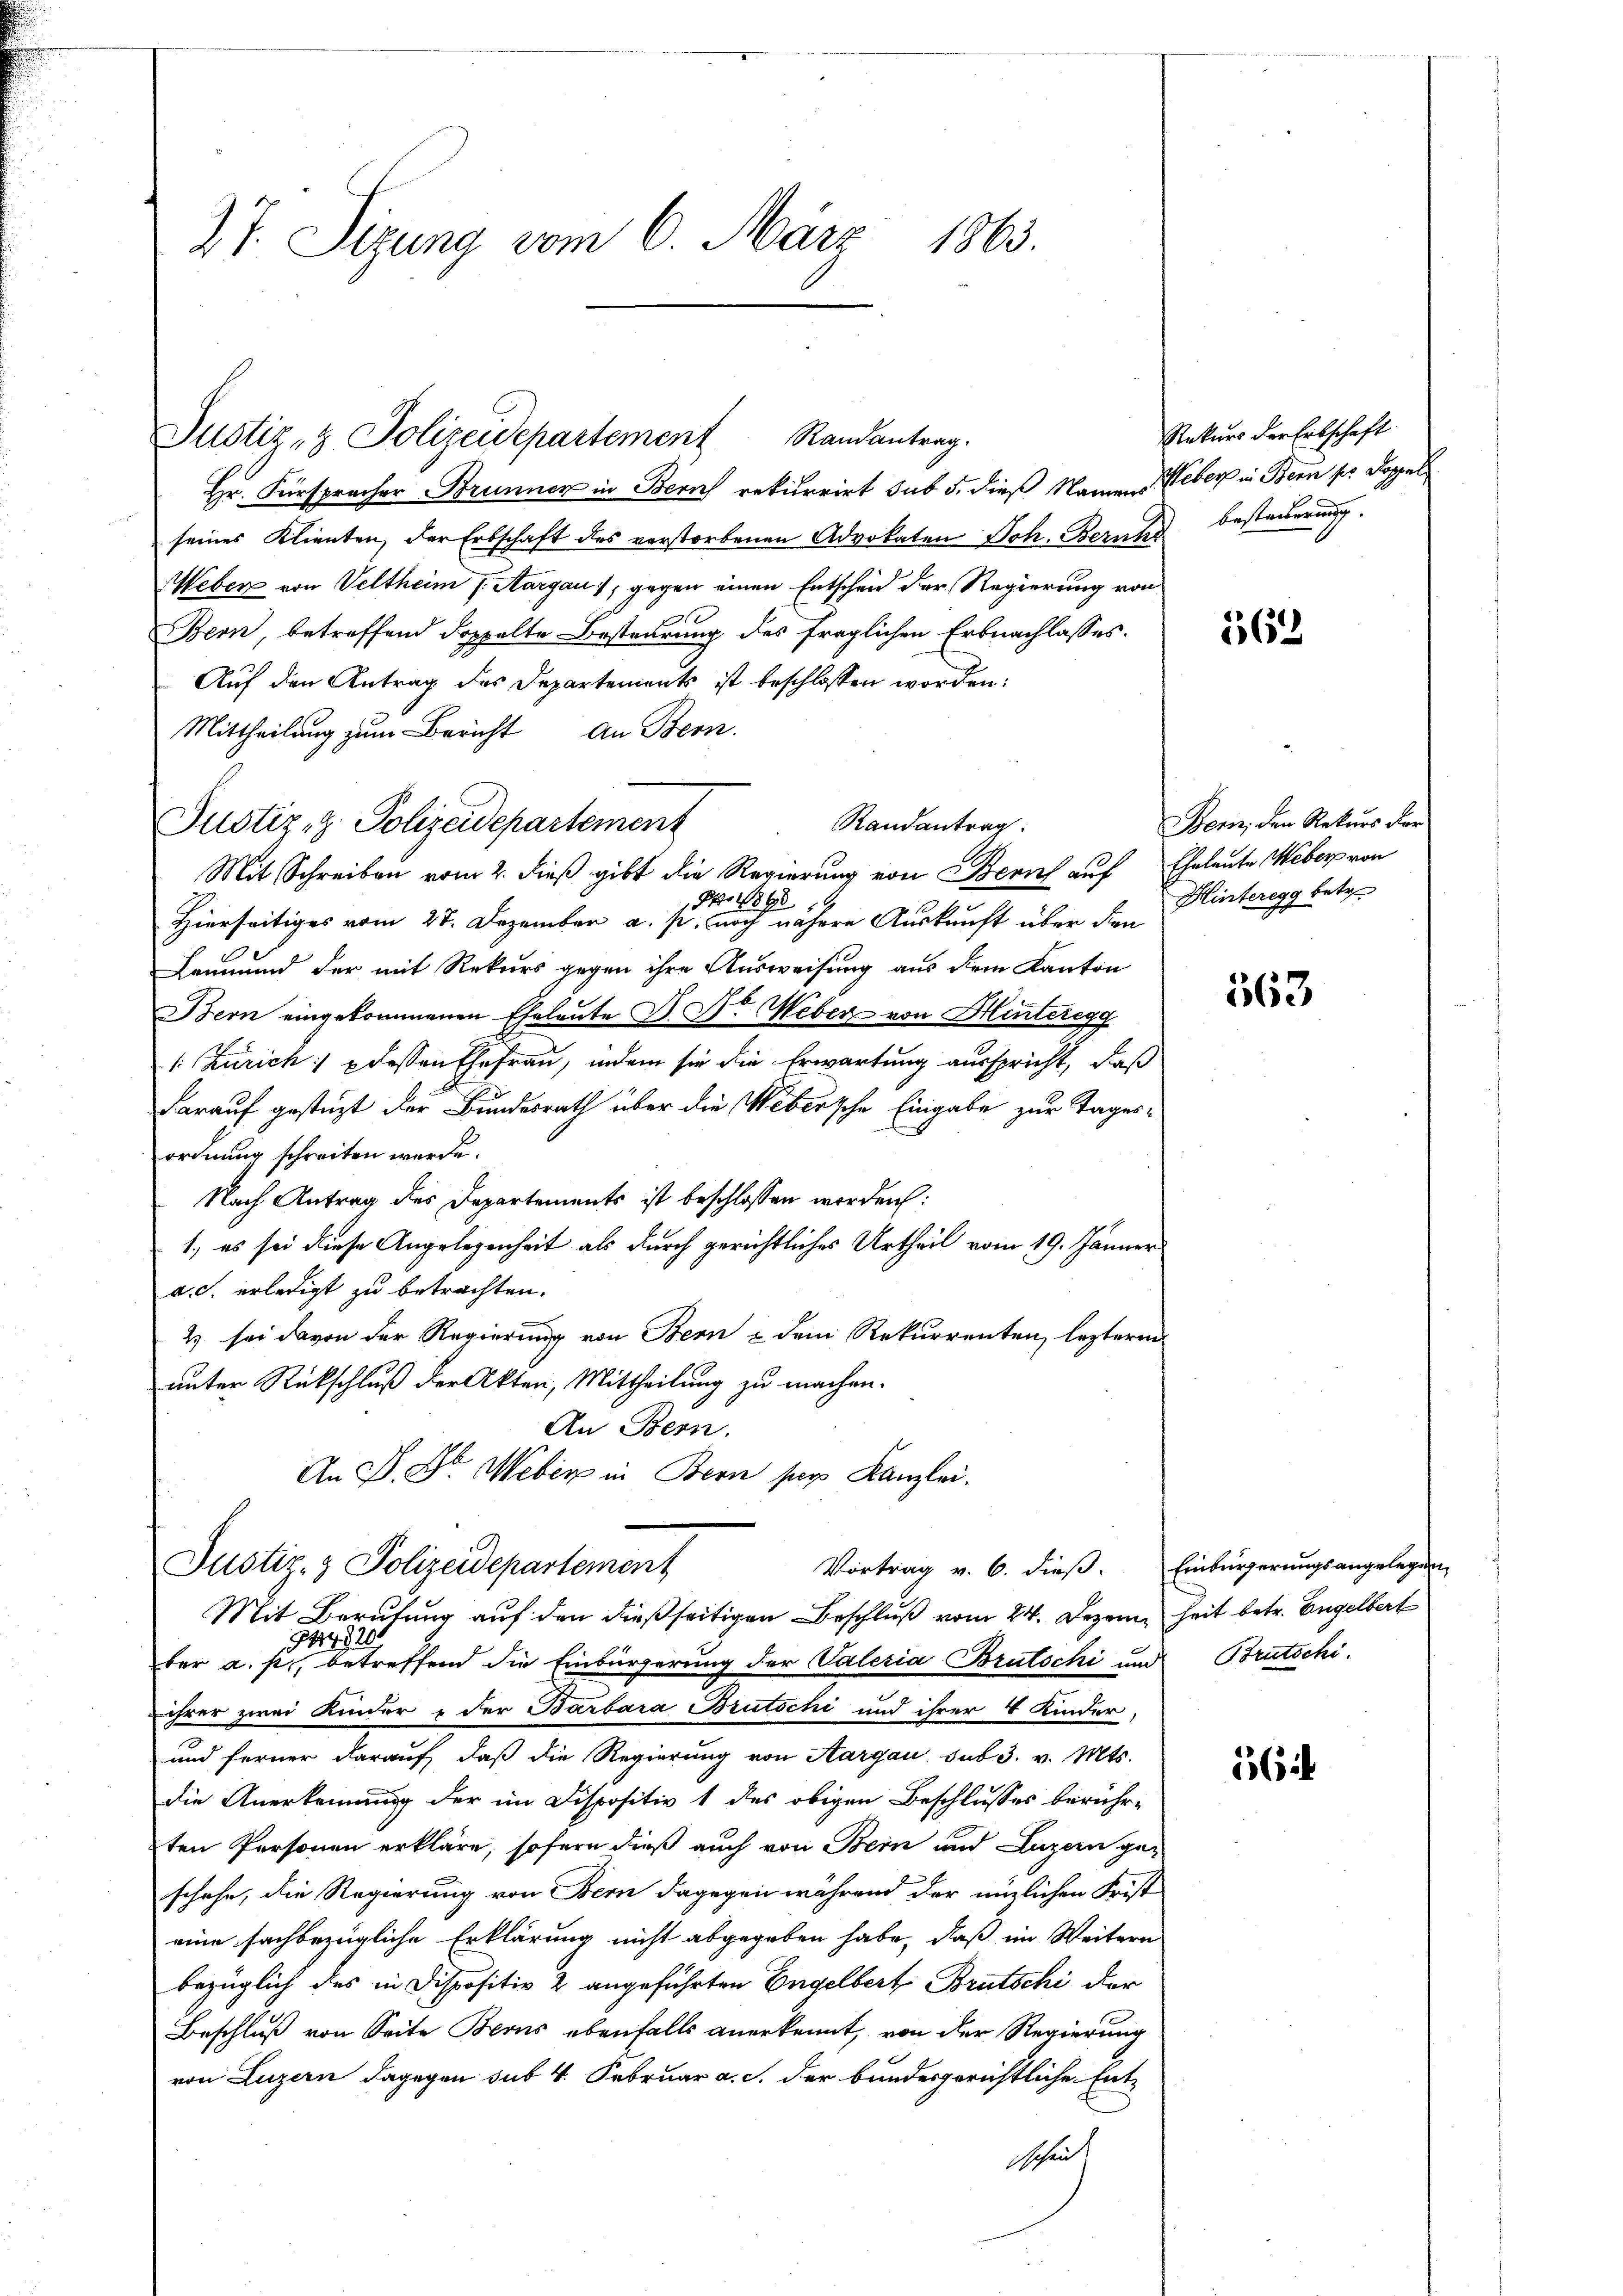
27. Sizung vom 6. März 1863.

Hr. Fürspracher Brunnen in Bern rekurrirt sub 5. dieß Namen Weber in Bern pr Doppel
seines Klienten, der Erbschaft des verstorbenen Advokaten Joh. Berufs besteuerung.
Weber von Veltheim J. Aargau), gegen einen Entscheid der Regierung von
Bern, betreffend doppelte Besteurung des fraglichen Erbnachlasses.
Auf den Antrag des Departements ist beschlossen worden:
Mittheilung zum Bericht an Bern.
Randantrag
Justiz z. Polizeidepartement
Mit Schreiben vom 2. dieß gibt die Regierung von Zürich auf Eheleute Weber von
Nro 1890
Hierseitiges vom 27. Dezember a. p. noch nähere Auskunft über den
Leumund der mit Rekurs gegen ihre Ausweisung aus dem Kanton
Bern eingekommenen Eheleute D. Dr. Weber von Hinteregg
1: Zürich: dessen Ehefrau, indem sie die Erwartung ausspricht, daß
darauf gestüzt der Bundesrath über die Webersche Eingabe zur Tages-
ordnung schreiten werde.
Nach Antrag des Departements ist beschlossen werden:
1., es sei diese Angelegenheit als durch gerichtliches Urtheil vom 19. Jänner
a.c. erledigt zu betrachten.
2) sei davon der Regierung von Bern & dem Rekurrenten, leztern
unter Rückschluß der Akten, Mittheilung zu machen.
An Bern.
An D. Dr. Weber in Bern ser Kanzlei.
Justiz- & Polizeidepartement
Vortrag v. 6. dieß.
Mit Berufung auf den dießseitigen Beschluß vom 24. Dezem heit betr. Engelbert
ber a. p. betreffend die Einbürgerung der Vateria Brutschi und Brutschi
ihrer zwei Kinder u der Barbara Brutschi und ihrer 4 Kinder,
und ferner darauf, daß die Regierung von Aargau sub 3. v. Mts.
die Anerkennung der im Dispositiv 1 des obigen Beschlusses berührten Personen erkläre, sofern dieß auch von Bern und Luzern geschehe, die Regierung von Bern dagegen während der nirlichen Frist
eine sachbezügliche Erklärung nicht abgegeben habe, daß im Weitern
bezüglich des in Dispositiv 2 angeführten Engelbert Brutschi der
Beschluß von Seite Berns ebenfalls anerkennt, von der Regierung
von Luzern dagegen sub. 4. Februar a. c. der bundesgerichtliche Ent-
Schmitt

Justiz- & Polizeidepartement Randantrag.

Rekurs der Erbschaft

562

Bern, den Rekurs der
Hinteregg betr.

563

Einbürgerungsangelegen,

564